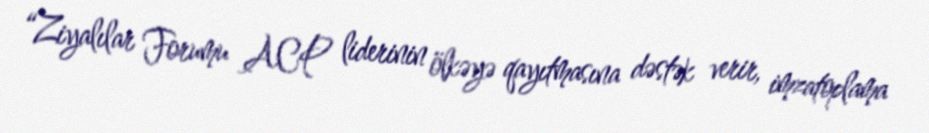
“Ziyalılar Forumu ACP liderinin ölkəyə qayıtmasına dəstək verir, imzatoplama